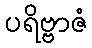
ပရိဗ္ဗာဇံ